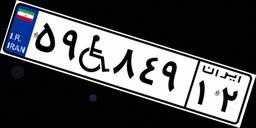
۵۹W۸۴۹۱۲